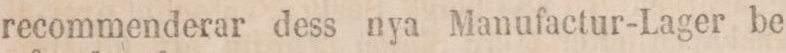
recommenderar dess nya Manufactur-Lager be-